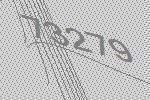
73279